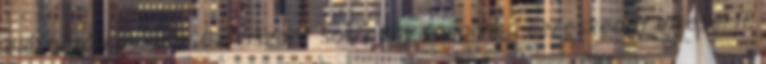
elérhető készlete Ez viszont sok nagy forgalmú kereskedőt elkeserít,